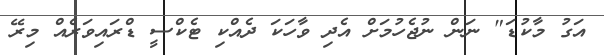
އަގު މާކުޑަ" ނަން ނުޖެހުމަށް އެދި ވާހަކަ ދެއްކި ޓެކްސީ ޑްރައިވަރެއް މިރޭ